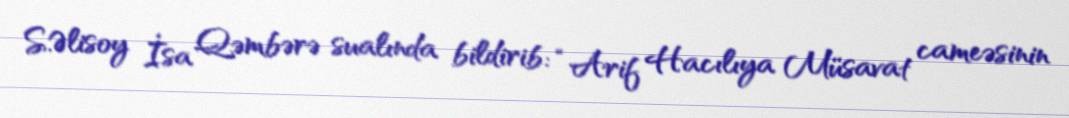
S.Əlisoy İsa Qəmbərə sualında bildirib: “Arif Hacılıya Müsavat cameəsinin